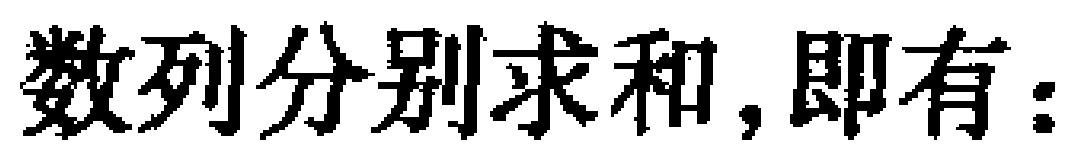
数列分别求和,即有：